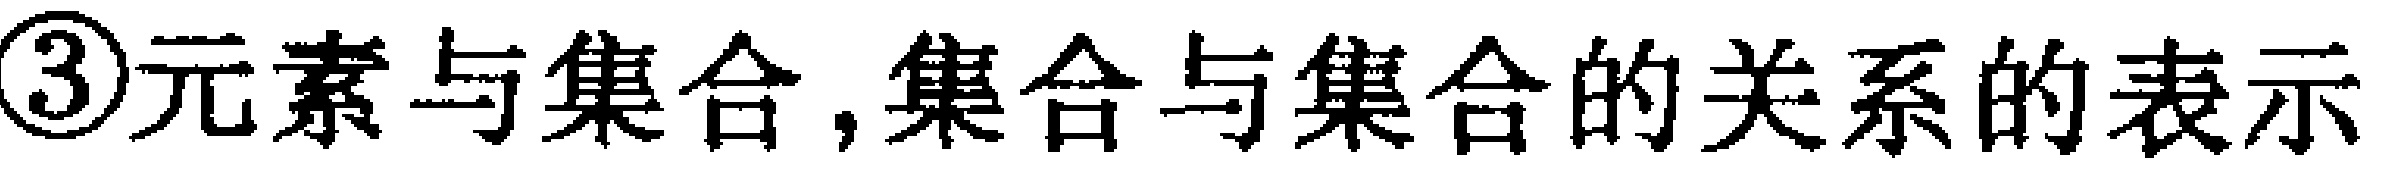
\textcircled{3}元素与集合,集合与集合的关系的表示